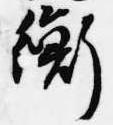
衡